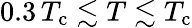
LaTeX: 0.3\, T_{\mathrm{c}}\lesssim T\lesssim T_{\mathrm{c}}